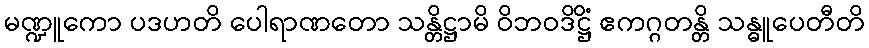
မဏ္ဍူကော ပဒဟတိ ပေါရာဏတော သန္တိဋ္ဌာမိ ဝိဘဝဒိဋ္ဌိံ ဧကဂ္ဂတန္တိ သန္ဓူပေတီတိ